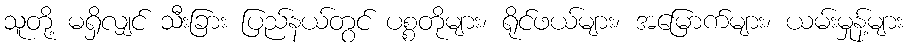
သူတို့ မရှိလျှင် သီးခြား ပြည်နယ်တွင် ပစ္စတိုများ၊ ရိုင်ဖယ်များ၊ အမြောက်များ၊ ယမ်းမှုန့်များ